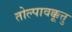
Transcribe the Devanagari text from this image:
तोल्पावक्कूत्तु